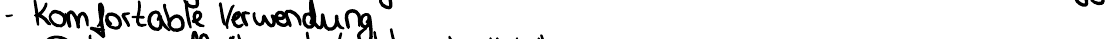
- Komfortable Verwendung